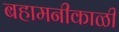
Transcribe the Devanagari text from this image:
बहामनीकाळी